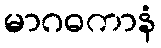
မာဂဓကာနံ